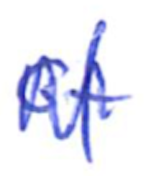
Text: of
Cross-out: zig-zag
Writing tool: ballpoint